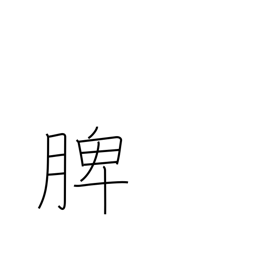
Meaning: spleen